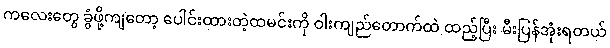
ကလေးတွေ ခွံဖို့ကျတော့ ပေါင်းထားတဲ့ထမင်းကို ဝါးကျည်တောက်ထဲ ထည့်ပြီး မီးပြန်အုံးရတယ်